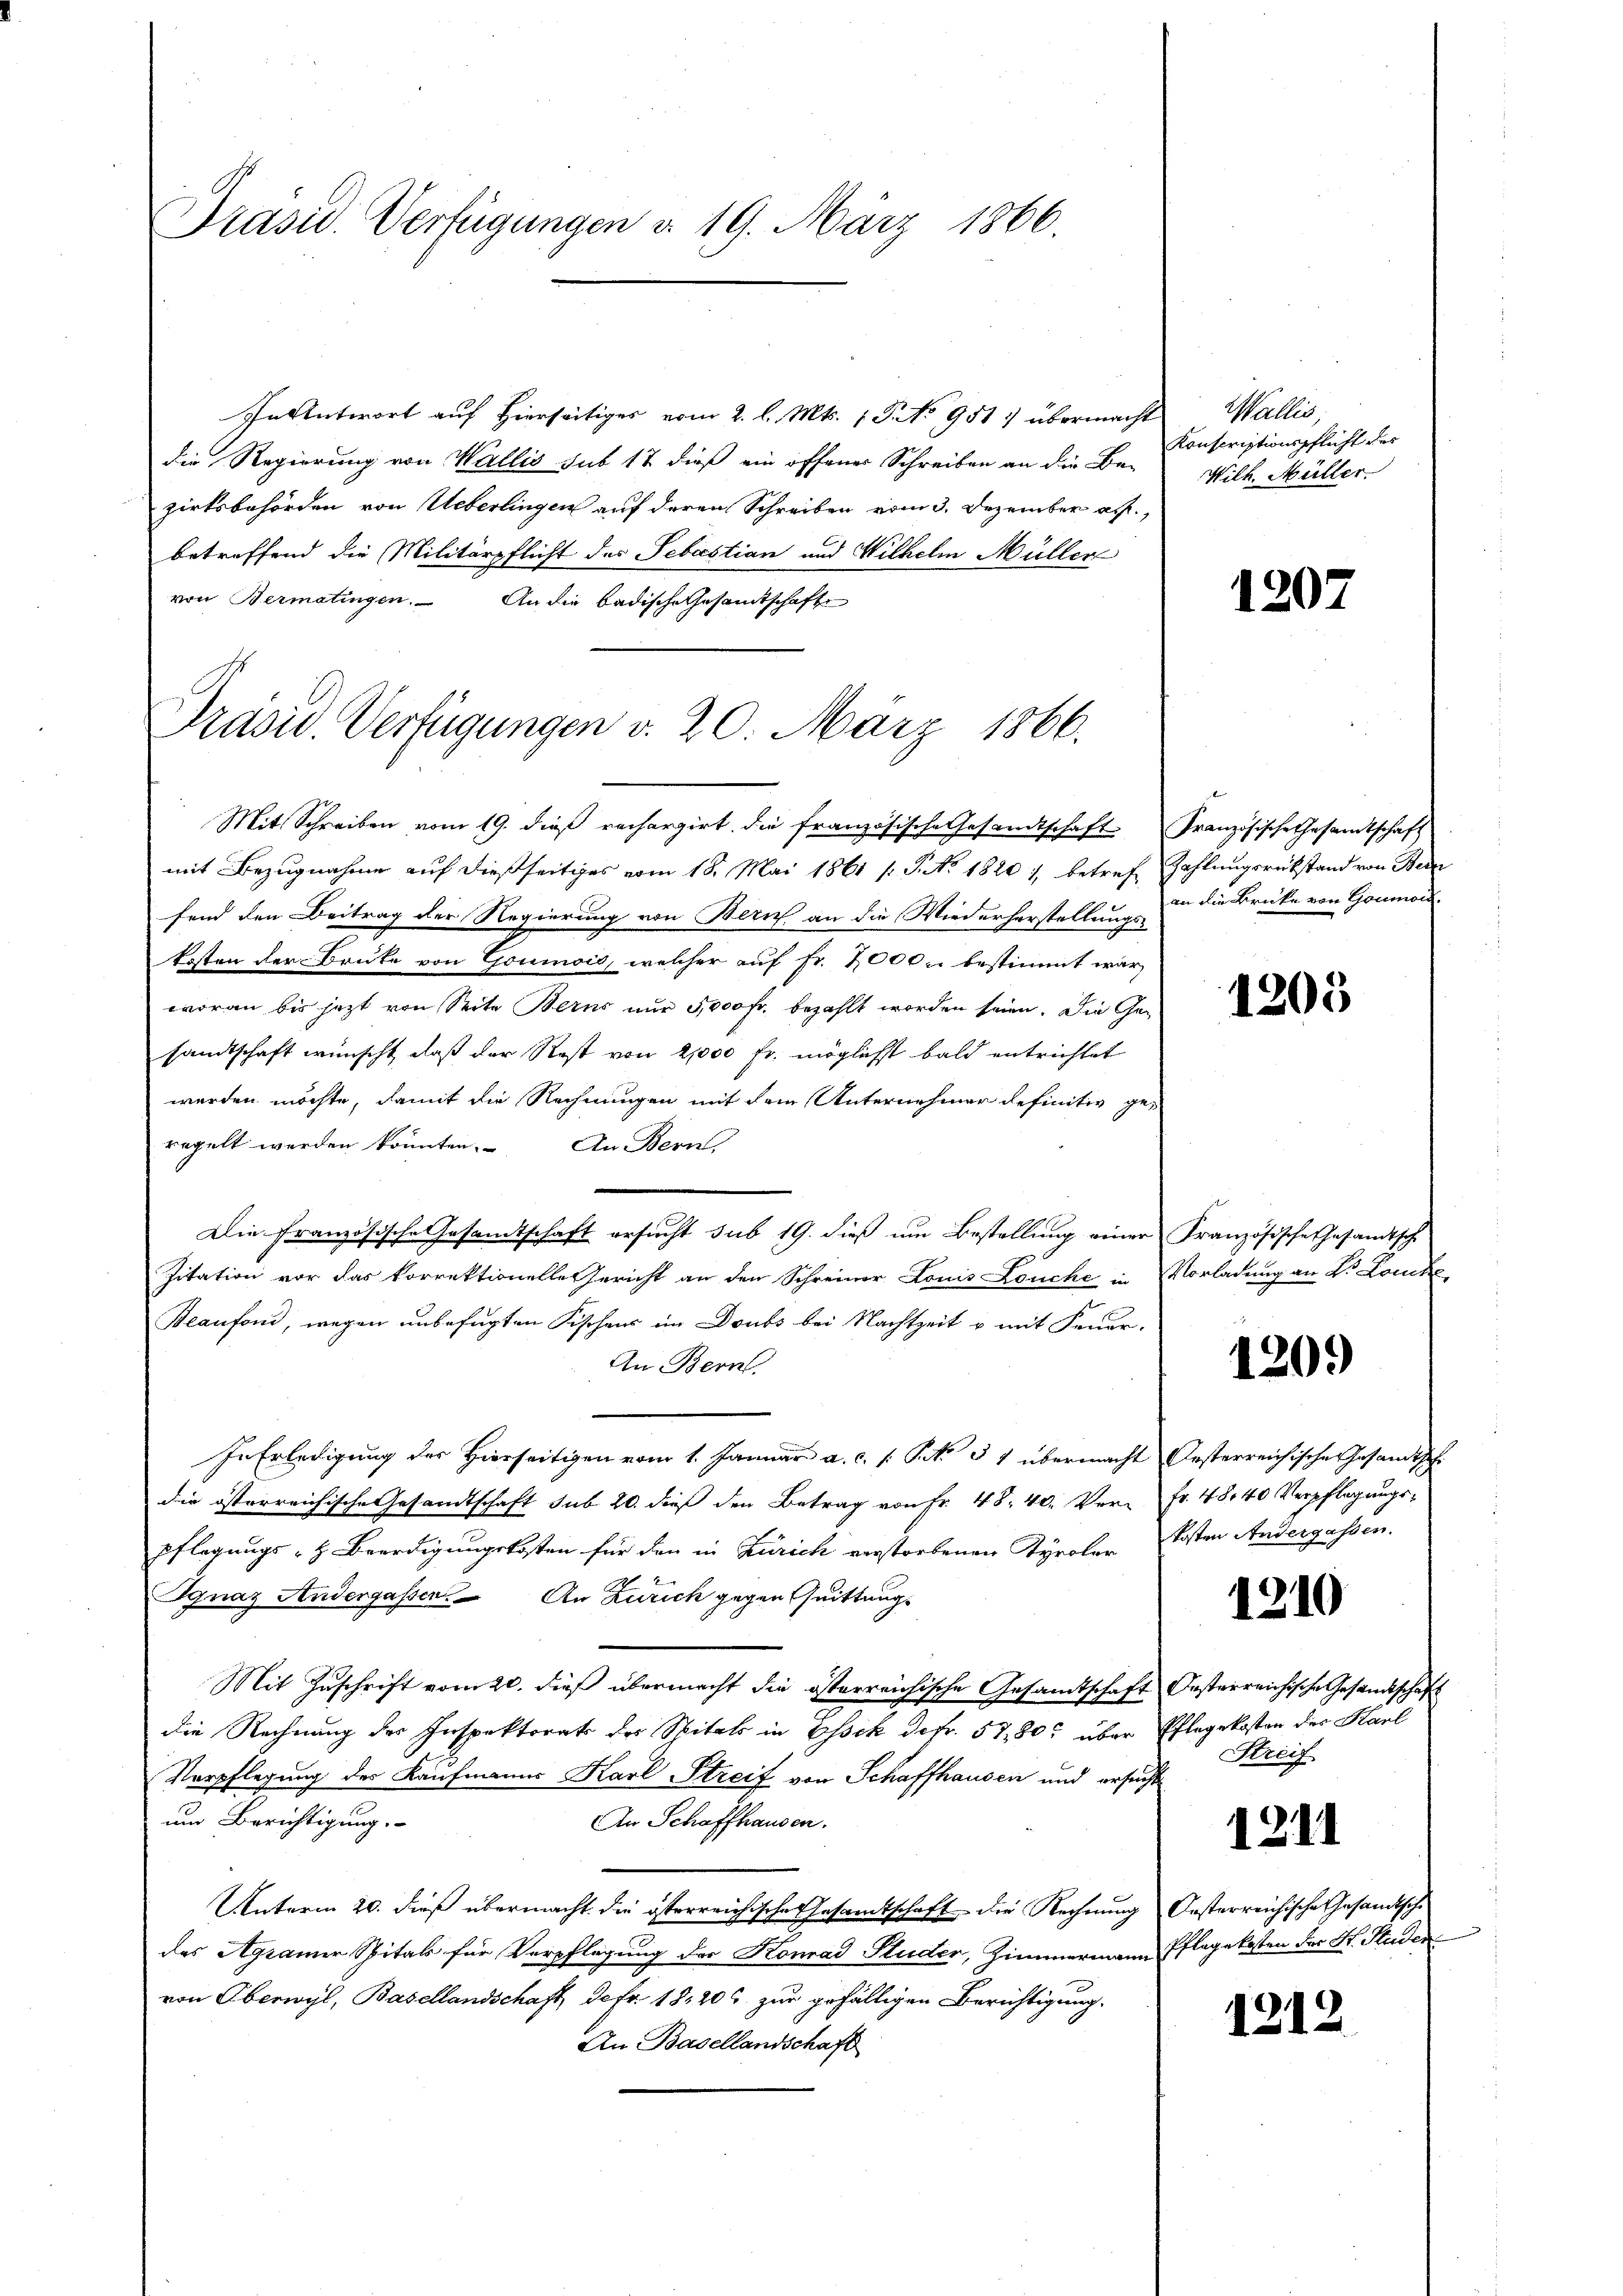
Präsid. Verfügungen d. 19. März 1866.

In Antwort auf hierseitiges vom 2. l. Mts. 1 Po 951 übermacht
die Regierung von Wallis sub 17 dieß ein offener Schreiben an die Be-
zirksbehörden von Ueberlingen auf deren Schreiben vom 3. Dezember auf,
betreffend die Militärpflicht des Sebastian und Wilhelm Müller
von Bermatingen. An die badische Gesamtschaft

Präsid. Verfügungen d. 20. März 1866.

Mit Schreiben vom 19. dieß rechargirt die französische Gesandtschaft Französische Gesandtschaft
mit Bezugnahme auf dießseitiges vom 18. Mai 1861 /: P. Nr. 1820 1, betref Zahlungsrükstand von Bern
fend den Beitrag der Regierung von Bern an die Wiederherstellungskosten der Bruke von Goumis, welcher auf Fr. 2000 bestimmt war,
woran bis jezt von Seite Berns nur 5,000 Fr. bezahlt worden seien. Die Gesandtschaft wünscht, daß der Rost von 2,000 fr. möglichst bald entrichtet
werden möchte, damit die Rechnungen mit dem Unternehmer definitiv ge-
regelt werden könnten. An Bern,
Die französische Gesamtschaft ersucht sub 19. dieß um Bestellung einer Französische Gesandtsch
Zitation vor das korrektionelle Gericht an den Schreiner Louis Louche in Vorladung an V. Loucke
Beaufoni, wegen unbefugten Fischens im Doubs bei Nachtzeit & mit Feuer-
An Bern.
In Erledigung des Hierseitigen vom 1. Januar a. c. s. No. 31 übermacht Oesterreichische Gesandtsche
die österreichische Gesamtschaft sub 20. dieß den Betrag von Fr. 48. 40. Ver- Fr. 48,40 Verpflegungspflegungs- & Beerdigungskosten für den in Zürich verstorbenen Tyroler Kosten Andergassen.
Ignaz Andergasser. An Zürich gegen Quittungs
Mit Zuschrift vom 20. dieß übermacht die österreichische Gesandtschaft Oesterreichische Gesandtschaft
die Rechnung des Inspektorats des Spitals in Assek defr. 5780. über Pflegekosten des Harl
Verpflegung des Kaufmanns Karl Streif von Schaffhausen und ersucht
um Berichtigung.
An Schaffhausen.
Unterm 20. dieß übermacht die österreichische Gesamtschaft die Rechnung Oesterreichische Gesandtsche
des Agramer Spitals für Verpflegung der Konrad Studer, Zimmermann Pflegekosten der H. Studen
von Oberwyl, Basellandschaft, de fr. 181206 zur gefälligen Berichtigung.
An Basellandschaft

Wallis,
Konscriptionspflicht des
Wilh. Müller.

1207

an die Brücke von Goumont.

1203

120.)

1210

Streif

1211

1212